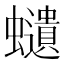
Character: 𧔥